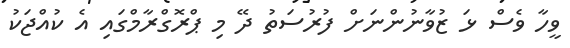
ވީހާ ވެސް ޅަ ޒުވާނުންނަށް ފުރުސަތު ދޭ މި ޕްރޮގްރާމްގައި އެ ކުއްޖަކު